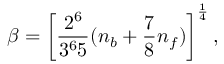
\beta = \left[ { \frac { 2 ^ { 6 } } { 3 ^ { 6 } 5 } } ( n _ { b } + { \frac { 7 } { 8 } } n _ { f } ) \right] ^ { \frac { 1 } { 4 } } ,